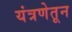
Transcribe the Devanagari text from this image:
यंत्रणेतून